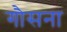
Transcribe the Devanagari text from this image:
गौसना